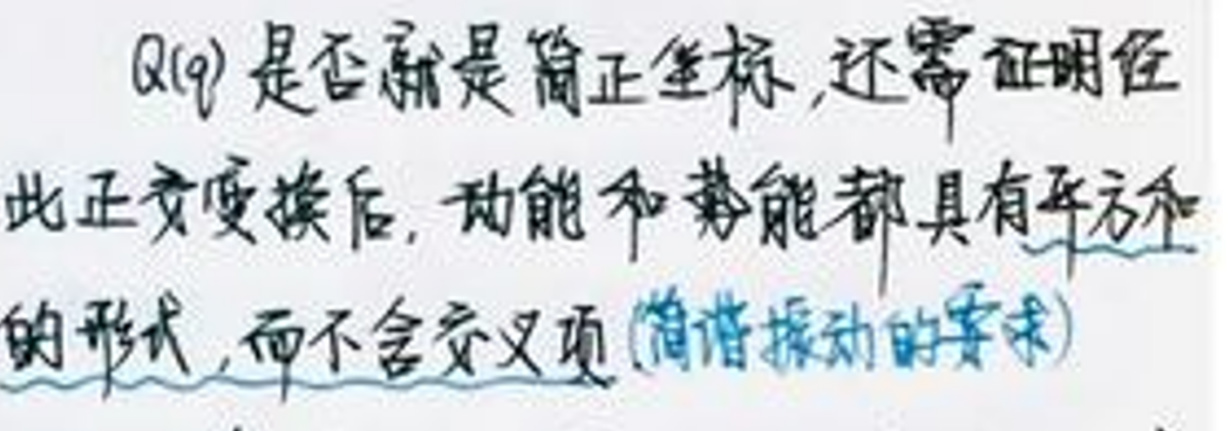
$Q(q)$是否就是简正坐标,还需证明经此正交变换后,动能和势能都具有平方和的形式,而不含交叉项(简谐振动的要求)